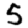
Digit: 5